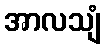
အာလသျံ